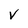
Character: v